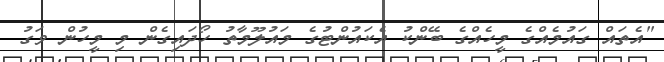
"އެތައް ގައުމެއްގެ މީހެއްގެ ބޭންކު އެކައުންޓުގެ މައުލޫމާތު ހޯދައިގެން މި މީހުން ވަގު